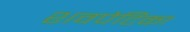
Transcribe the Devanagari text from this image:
शवपेटिका